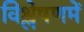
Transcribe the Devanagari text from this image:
विश्लेषणमें